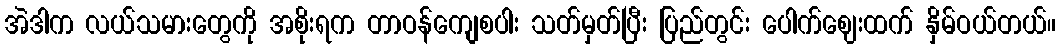
အဲဒါက လယ်သမားတွေကို အစိုးရက တာဝန်ကျေစပါး သတ်မှတ်ပြီး ပြည်တွင်း ပေါက်ဈေးထက် နှိမ်ဝယ်တယ်။